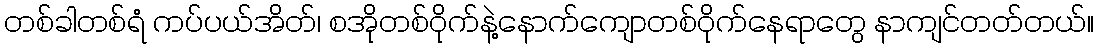
တစ်ခါတစ်ရံ ကပ်ပယ်အိတ်၊ စအိုတစ်ဝိုက်နဲ့နောက်ကျောတစ်ဝိုက်နေရာတွေ နာကျင်တတ်တယ်။